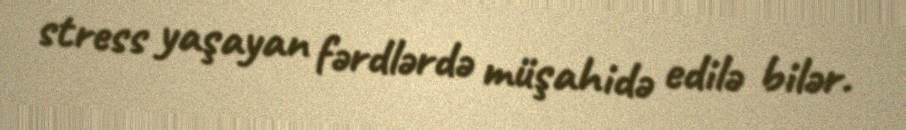
stress yaşayan fərdlərdə müşahidə edilə bilər.